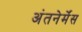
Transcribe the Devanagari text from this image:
अंतनेर्मेंस